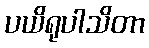
ပယိရုပါသိတာ